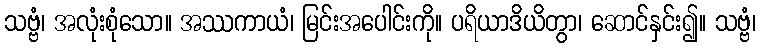
သဗ္ဗံ၊ အလုံးစုံသော။ အဿကာယံ၊ မြင်းအပေါင်းကို။ ပရိယာဒိယိတွာ၊ ဆောင်နှင်း၍။ သဗ္ဗံ၊